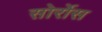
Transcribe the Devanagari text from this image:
सोर्रोस